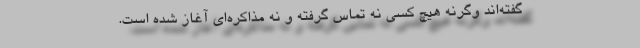
گفته‌اند وگرنه هیچ کسی نه تماس گرفته و نه مذاکره‌ای آغاز شده است.